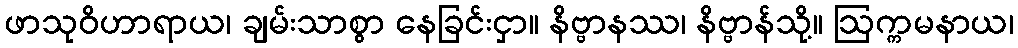
ဖာသုဝိဟာရာယ၊ ချမ်းသာစွာ နေခြင်းငှာ။ နိဗ္ဗာနဿ၊ နိဗ္ဗာန်သို့။ ဩက္ကမနာယ၊